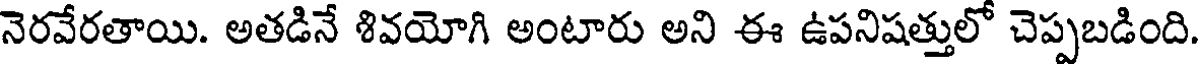
నెరవేరతాయి. అతడినే శివయోగి అంటారు అని ఈ ఉపనిషత్తులో చెప్పబడింది